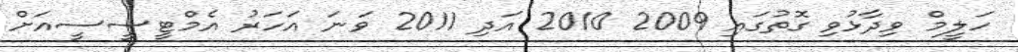
ހަލީމް ވިދާޅުވި ގޮތުގައި 2009 2010 އަދި 2011 ވަނަ އަހަރު އެމްޓީސީސީއަށް